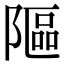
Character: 䧢